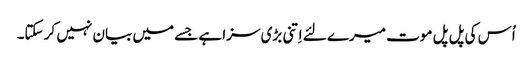
اُس کی پل پل موت میرے لئے اِتنی بڑی سزا ہے جسے میں بیان نہیں کر سکتا۔